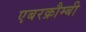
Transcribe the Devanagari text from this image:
एबरक्रौम्बी